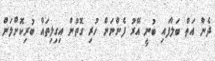
ދެން އަތް ބަލާފައި ބުނީ އޭރު ފެންނަން ހުރި ގޮތުން އިގިލިތައް ބުރިކޮށްލަން